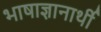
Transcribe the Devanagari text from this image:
भाषाज्ञानार्थी